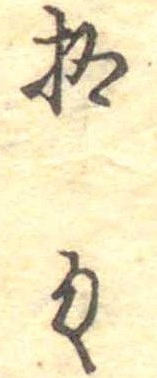
拾匁